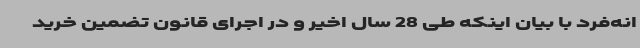
انه‌فرد با بیان اینکه طی 28 سال اخیر و در اجرای قانون تضمین خرید